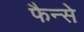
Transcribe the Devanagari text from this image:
फैन्से